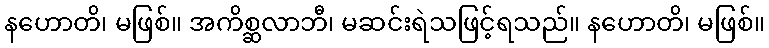
နဟောတိ၊ မဖြစ်။ အကိစ္ဆလာဘီ၊ မဆင်းရဲသဖြင့်ရသည်။ နဟောတိ၊ မဖြစ်။